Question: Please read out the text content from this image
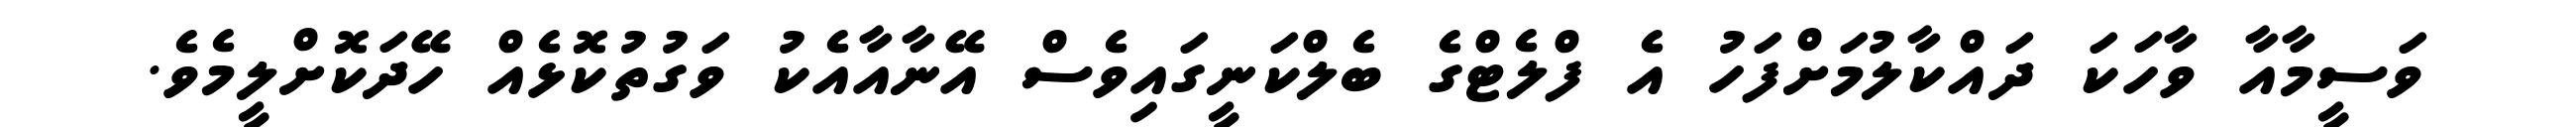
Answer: ވަސީމާއާ ވާހަކަ ދައްކާލުމަށްފަހު އެ ފްލެޓްގެ ބެލްކަނީގައިވެސް އޭނާއާއެކު ވަގުތުކޮޅެއް ހޭދަކޮށްލީމެވެ.